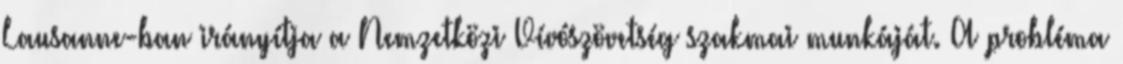
Lausanne-ban irányítja a Nemzetközi Vívószövetség szakmai munkáját. A probléma